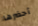
أحضرها